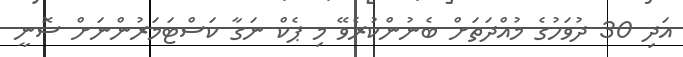
އަދި 30 ދުވަހުގެ މުއްދަތަށް ބެނުންކުރެވޭ މި ޕެކް ނަގާ ކަސްޓަމަރުންނަށް ސޮނީ